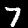
Digit: 7